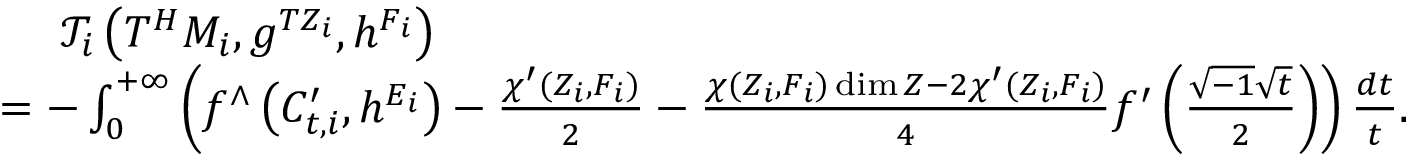
\begin{array} { r l } & { \ \ \ \ \mathcal { T } _ { i } \left( T ^ { H } M _ { i } , g ^ { T Z _ { i } } , h ^ { F _ { i } } \right) } \\ & { = - \int _ { 0 } ^ { + \infty } \left( f ^ { \wedge } \left( C _ { t , i } ^ { \prime } , h ^ { E _ { i } } \right) - \frac { \chi ^ { \prime } ( Z _ { i } , F _ { i } ) } { 2 } - \frac { \chi ( Z _ { i } , F _ { i } ) \dim Z - 2 \chi ^ { \prime } ( Z _ { i } , F _ { i } ) } { 4 } f ^ { \prime } \left( \frac { \sqrt { - 1 } \sqrt { t } } { 2 } \right) \right) \frac { d t } { t } . } \end{array}